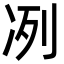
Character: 冽